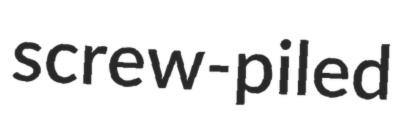
screw-piled